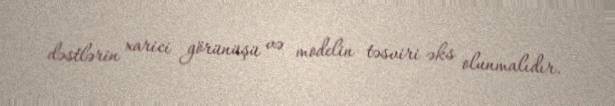
dəstlərin xarici görünüşü və modelin təsviri əks olunmalıdır.